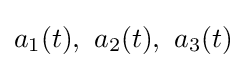
a_{1}(t),\ a_{2}(t),\ a_{3}(t)